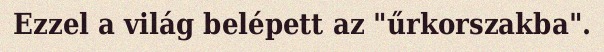
Ezzel a világ belépett az "űrkorszakba".